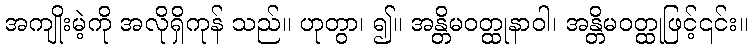
အကျိုးမဲ့ကို အလိုရှိကုန် သည်။ ဟုတွာ၊ ၍။ အန္တိမဝတ္ထုနာဝါ၊ အန္တိမဝတ္ထုဖြင့်၎င်း။